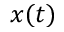
x ( t )